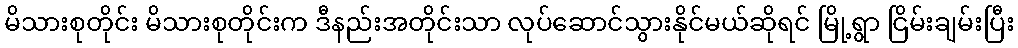
မိသားစုတိုင်း မိသားစုတိုင်းက ဒီနည်းအတိုင်းသာ လုပ်ဆောင်သွားနိုင်မယ်ဆိုရင် မြို့ရွာ ငြိမ်းချမ်းပြီး